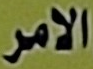
الامر